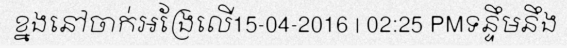
ខ្នងនៅចាក់អង្រែលើ15-04-2016 | 02:25 PMទន្ទឹមនឹង